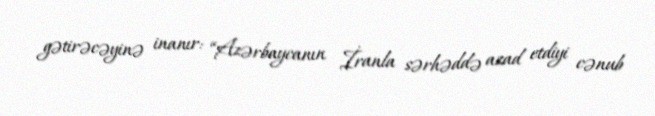
gətirəcəyinə inanır: “Azərbaycanın İranla sərhəddə azad etdiyi cənub